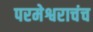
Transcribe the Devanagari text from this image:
परमेश्वराचंच